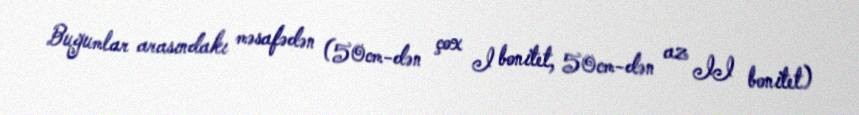
Buğumlar arasındakı məsafədən (50cm-dən çox I bonitet, 50cm-dən az II bonitet)